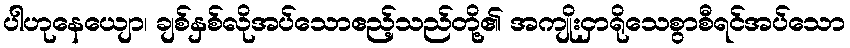
ပါဟုနေယျော၊ ချစ်နှစ်လိုအပ်သောဧည့်သည်တို့၏ အကျိုးငှာရိုသေစွာစီရင်အပ်သော